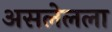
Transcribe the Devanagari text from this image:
असलेलला